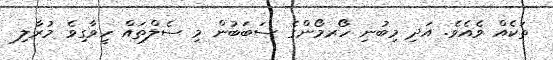
ތަކެއް ވެއެވެ. އަދި މިބުނި ހޯރމޯންގެ ސަބަބުން މި ސެލްތައް ހީވާގިވެ މުރާލި